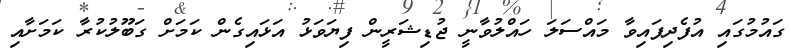
ގައުމުގައި އުފެދިފައިވާ މައްސަލަ ހައްލުވާނީ ޖުޑިޝަރީން ފިޔަވަޅު އަޅައިގެން ކަމަށް ގަބޫލުކުރާ ކަމަށާއި